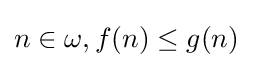
n\in \omega ,f(n)\leq g(n)